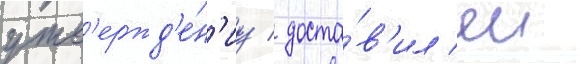
утв'ержд'е́н'иу / доста́в'ил еи